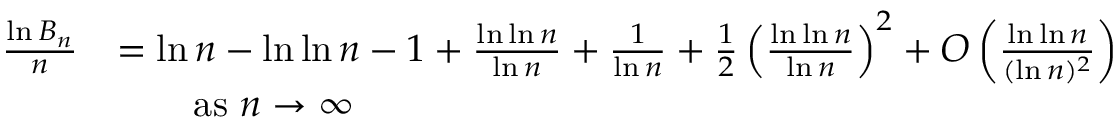
{ \begin{array} { r l } { { \frac { \ln B _ { n } } { n } } } & { = \ln n - \ln \ln n - 1 + { \frac { \ln \ln n } { \ln n } } + { \frac { 1 } { \ln n } } + { \frac { 1 } { 2 } } \left( { \frac { \ln \ln n } { \ln n } } \right) ^ { 2 } + O \left( { \frac { \ln \ln n } { ( \ln n ) ^ { 2 } } } \right) } \\ & { \qquad { \mathrm { a s ~ } } n \to \infty } \end{array} }